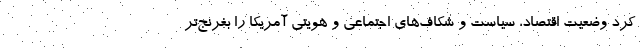
کرد وضعیت اقتصاد، سیاست و شکاف‌های اجتماعی و هویتی آمریکا را بغرنج‌تر